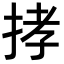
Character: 𢭦